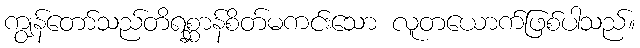
ကျွန်တော်သည်တိရစ္ဆာန်စိတ်မကင်းသော လူတယောက်ဖြစ်ပါသည်။